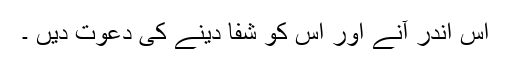
اس اندر آنے اور اس کو شفا دینے کی دعوت دیں ۔